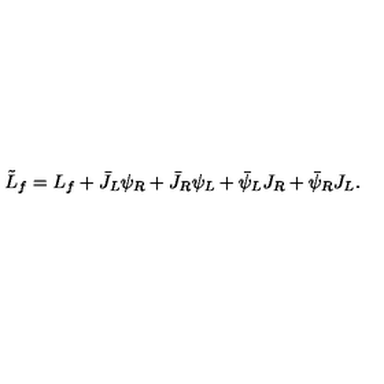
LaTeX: \tilde { L } _ { f } = L _ { f } + \bar { J } _ { L } \psi _ { R } + \bar { J } _ { R } \psi _ { L } + \bar { \psi } _ { L } J _ { R } + \bar { \psi } _ { R } J _ { L } .